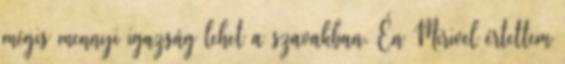
mégis mennyi igazság lehet a szavakban. Én Mirivel értettem